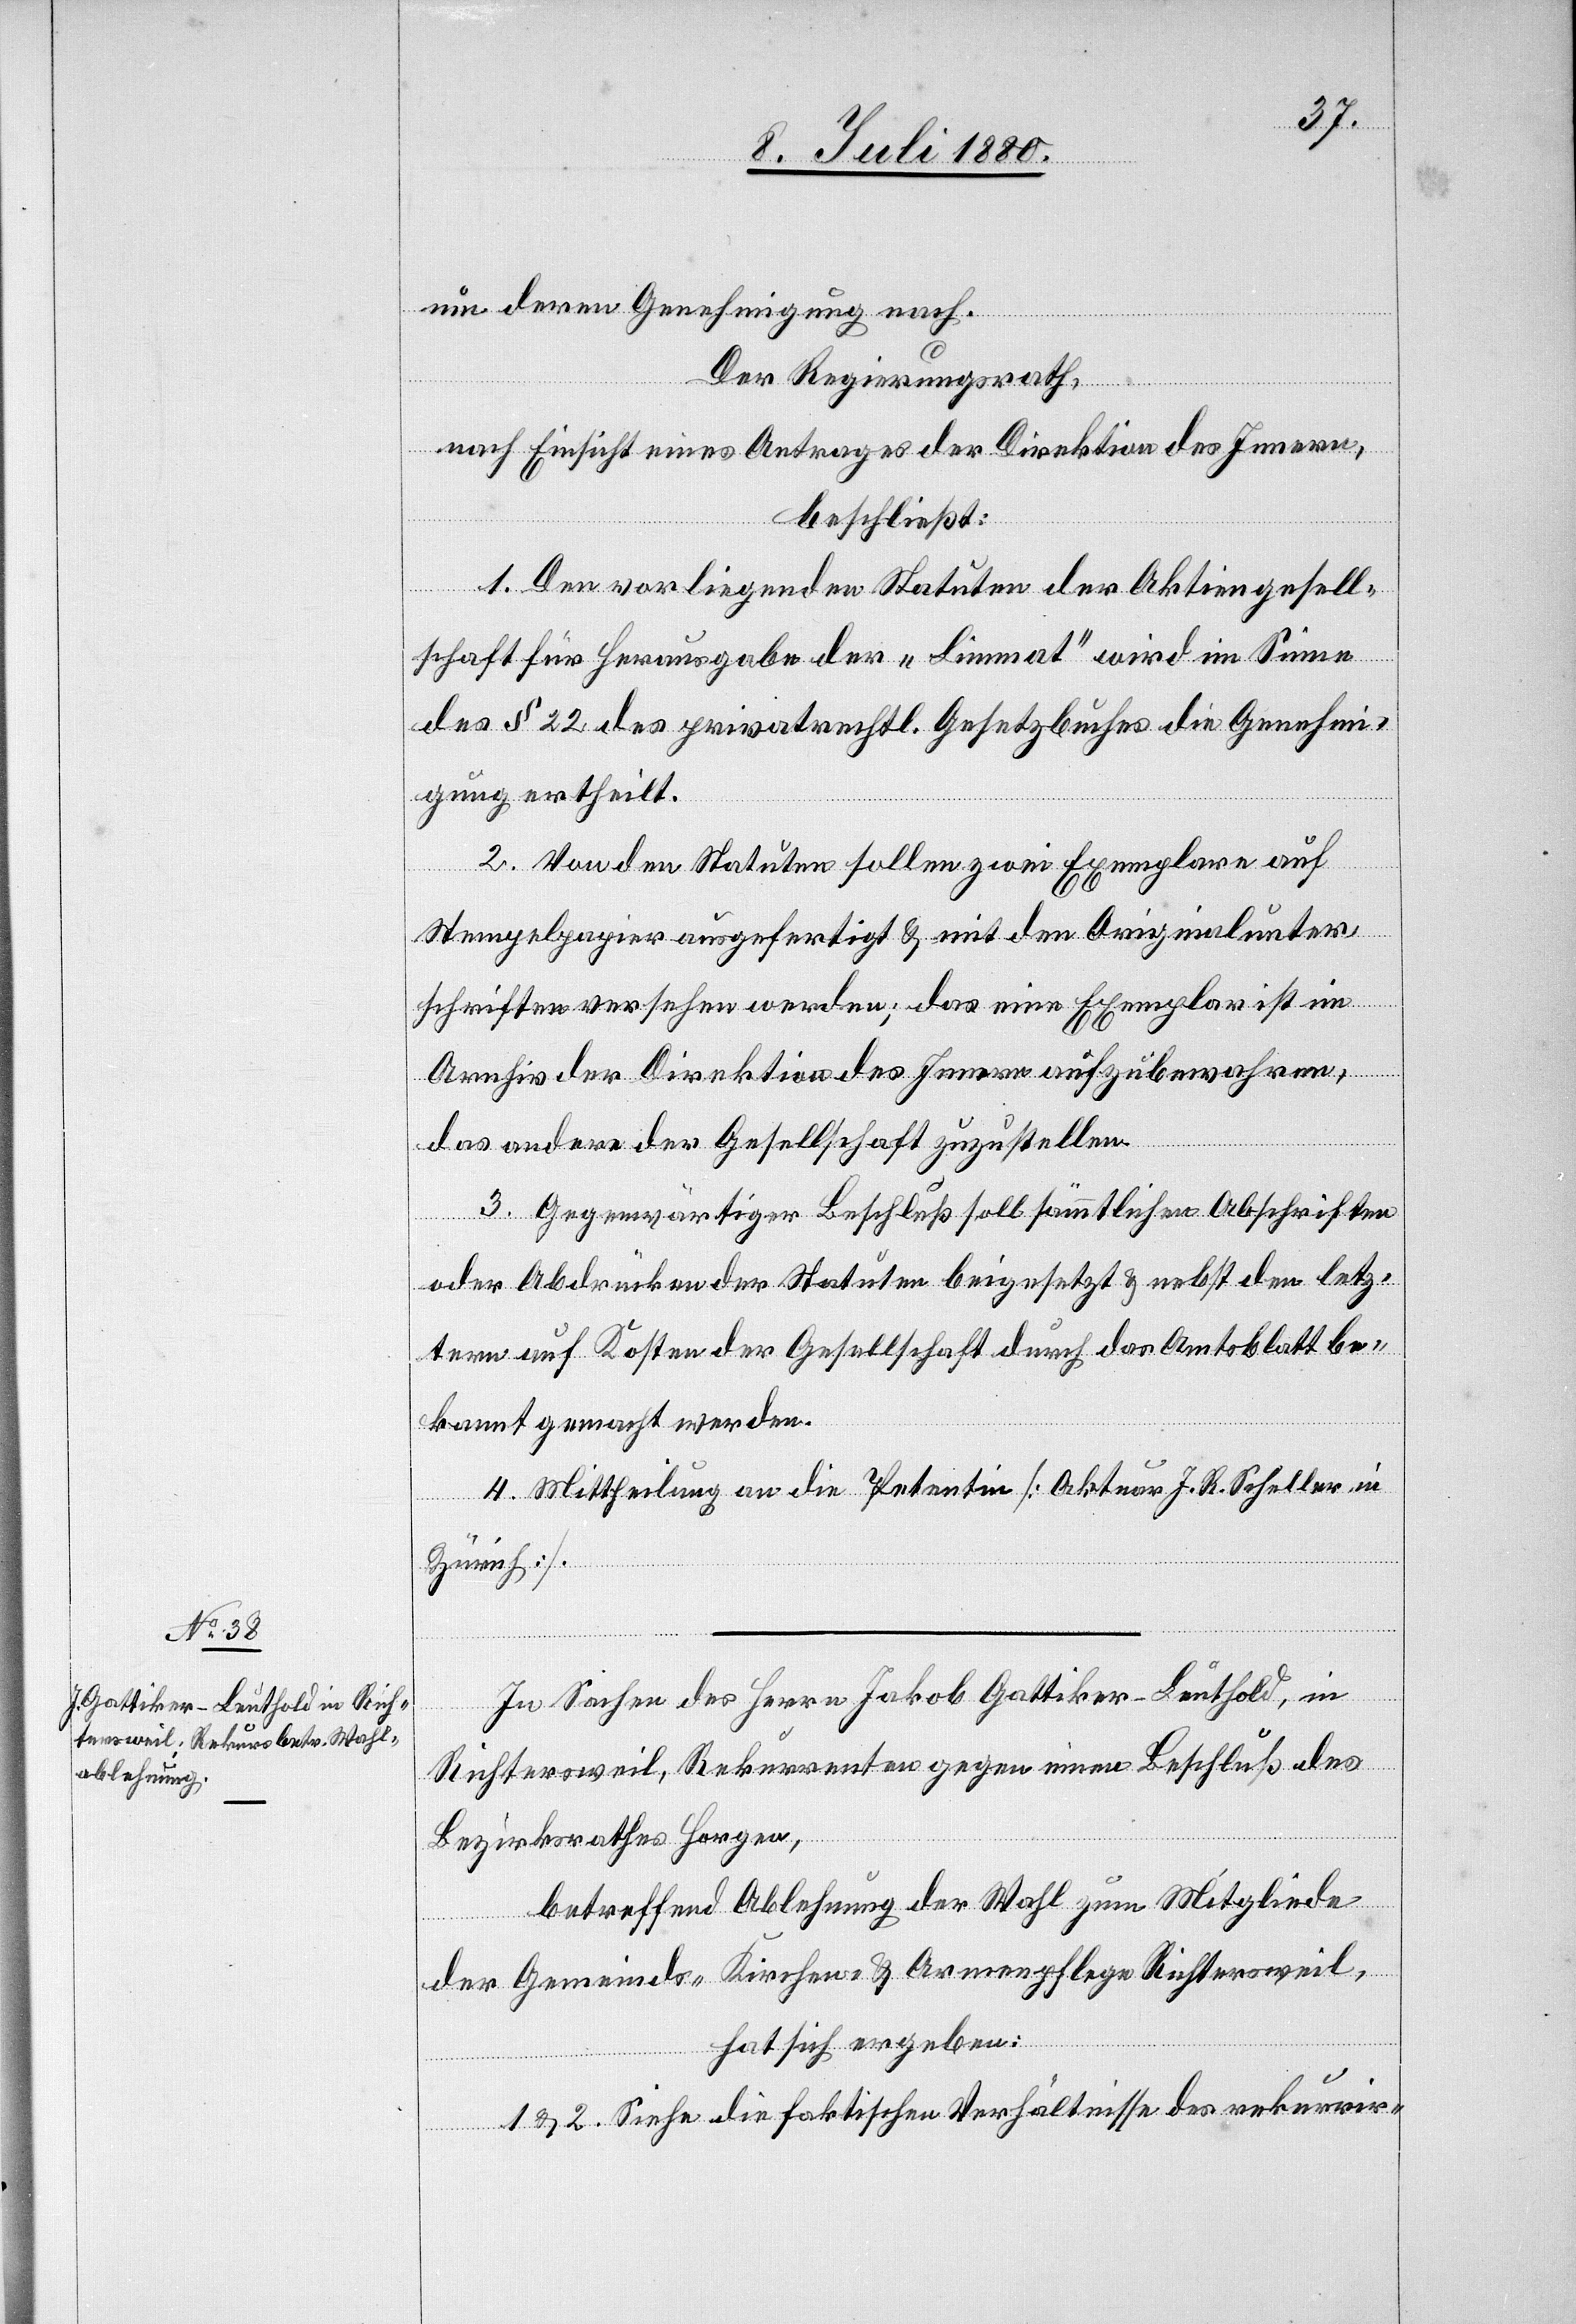
um deren Genehmigung nach.
Der Regierungsrath,
nach Einsicht eines Antrages der Direktion des Innern,
beschließt:
1. Den vorliegenden Statuten der Aktiengesell¬
schaft für Herausgabe der „Limmat“ wird im Sinne
des § 22 des privatrechtl. Gesetzbuches die Genehmi¬
gung ertheilt.
2. Von den Statuten sollen zwei Exemplare auf
Stempelpapier ausgefertigt & mit den Originalunter¬
schriften versehen werden; das eine Exemplar ist im
Archiv der Direktion des Innern aufzubewahren,
das andere der Gesellschaft zuzustellen.
3. Gegenwärtiger Beschluß soll sämmtlichen Abschriften
oder Abdrücken der Statuten beigesetzt & nebst den letz¬
tern auf Kosten der Gesellschaft durch das Amtsblatt be¬
kannt gemacht werden.
4. Mittheilung an die Petentin [Aktuar J. R. Scheller in
Zürich].
In Sachen des Herren Jakob Gattiker-Leuthold, in
Richtersweil, Rekurrenten gegen einen Beschluß des
Bezirksrathes Horgen,
betreffend Ablehnung der Wahl zum Mitgliede
der Gemeinds-[,] Kirchen- & Armenpflege Richtersweil,
hat sich ergeben:
1 & 2. Siehe die faktischen Verhältnisse des rekurrir-